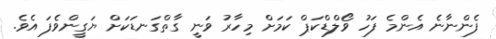
ފެންނާނެ އެންމެ ފަހު ވޯލްޑްކަޕް ކަމަށް މިހާރު ވަނީ ގާތްގަނޑަކަށް ޔަގީންވެފަ އެވެ.